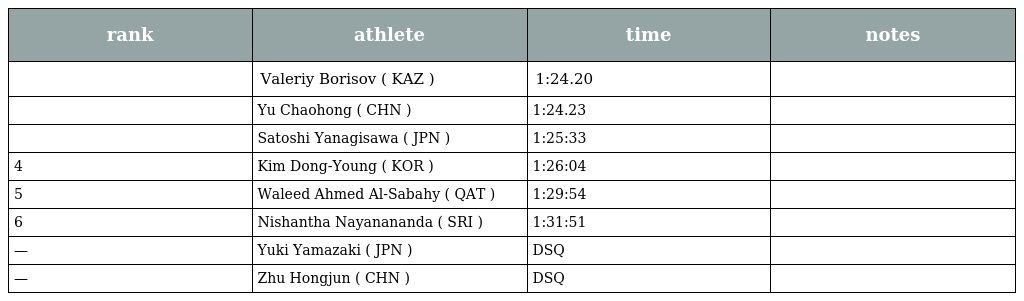
| rank | athlete | time | notes |
 | --- | --- | --- | --- |
 |  | Valeriy Borisov ( KAZ ) | 1:24.20 |  |
 |  | Yu Chaohong ( CHN ) | 1:24.23 |  |
 |  | Satoshi Yanagisawa ( JPN ) | 1:25:33 |  |
 | 4 | Kim Dong-Young ( KOR ) | 1:26:04 |  |
 | 5 | Waleed Ahmed Al-Sabahy ( QAT ) | 1:29:54 |  |
 | 6 | Nishantha Nayanananda ( SRI ) | 1:31:51 |  |
 | — | Yuki Yamazaki ( JPN ) | DSQ |  |
 | — | Zhu Hongjun ( CHN ) | DSQ |  |